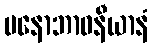
မနောဘာဝနီယာနံ